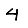
Digit: 4